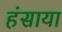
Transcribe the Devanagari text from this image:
हंसाया